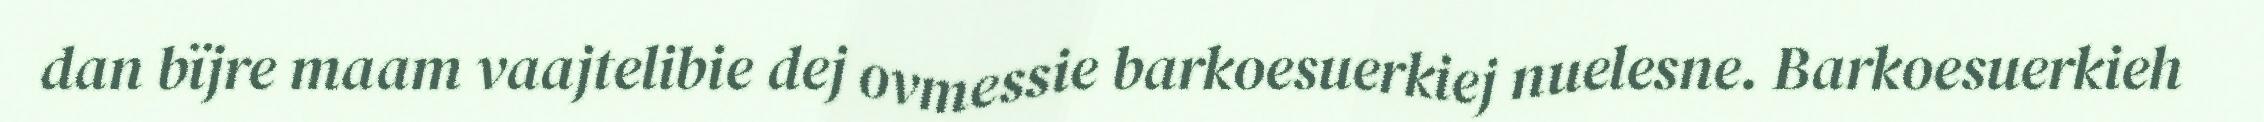
dan bïjre maam vaajtelibie dej ovmessie barkoesuerkiej nuelesne. Barkoesuerkieh